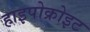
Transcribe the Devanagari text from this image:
हाइपोक्रोइट